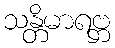
သန္တိမာရဗ္ဘ